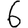
Digit: 6